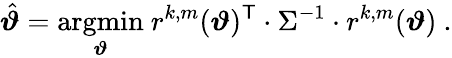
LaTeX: \hat{\boldsymbol\vartheta}=\underset{\boldsymbol\vartheta}{\mathrm{argmin}}\ r^{k,m}(\boldsymbol\vartheta)^{\mathsf{T}}\cdot\Sigma^{-1}\cdot r^{k,m}(\boldsymbol\vartheta)\ .